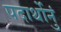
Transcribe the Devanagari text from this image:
पदार्थोनुं